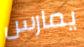
يمارس